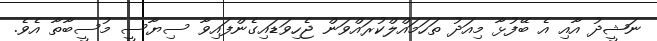
ނަޝީދު އާއި އެ ބޭފުޅާ މިއަދު ތަހަމައްލްކުރައްވަން ޖެހިވަޑައިގެންފައިވާ ސިޔާސީ މުސީބާތާ އެވެ.